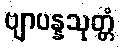
ဗျာပန္နသုတ္တံ